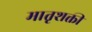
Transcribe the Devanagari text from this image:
मातृशक्ती